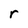
Character: r